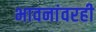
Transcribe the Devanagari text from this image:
भावनांवरही